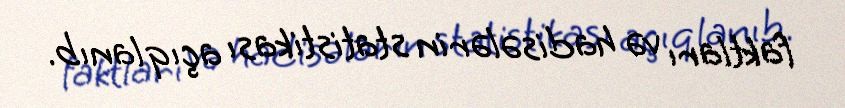
faktları və hadisələrin statistikası açıqlanıb.